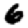
Digit: 6